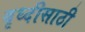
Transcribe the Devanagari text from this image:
वृध्दीसाठी